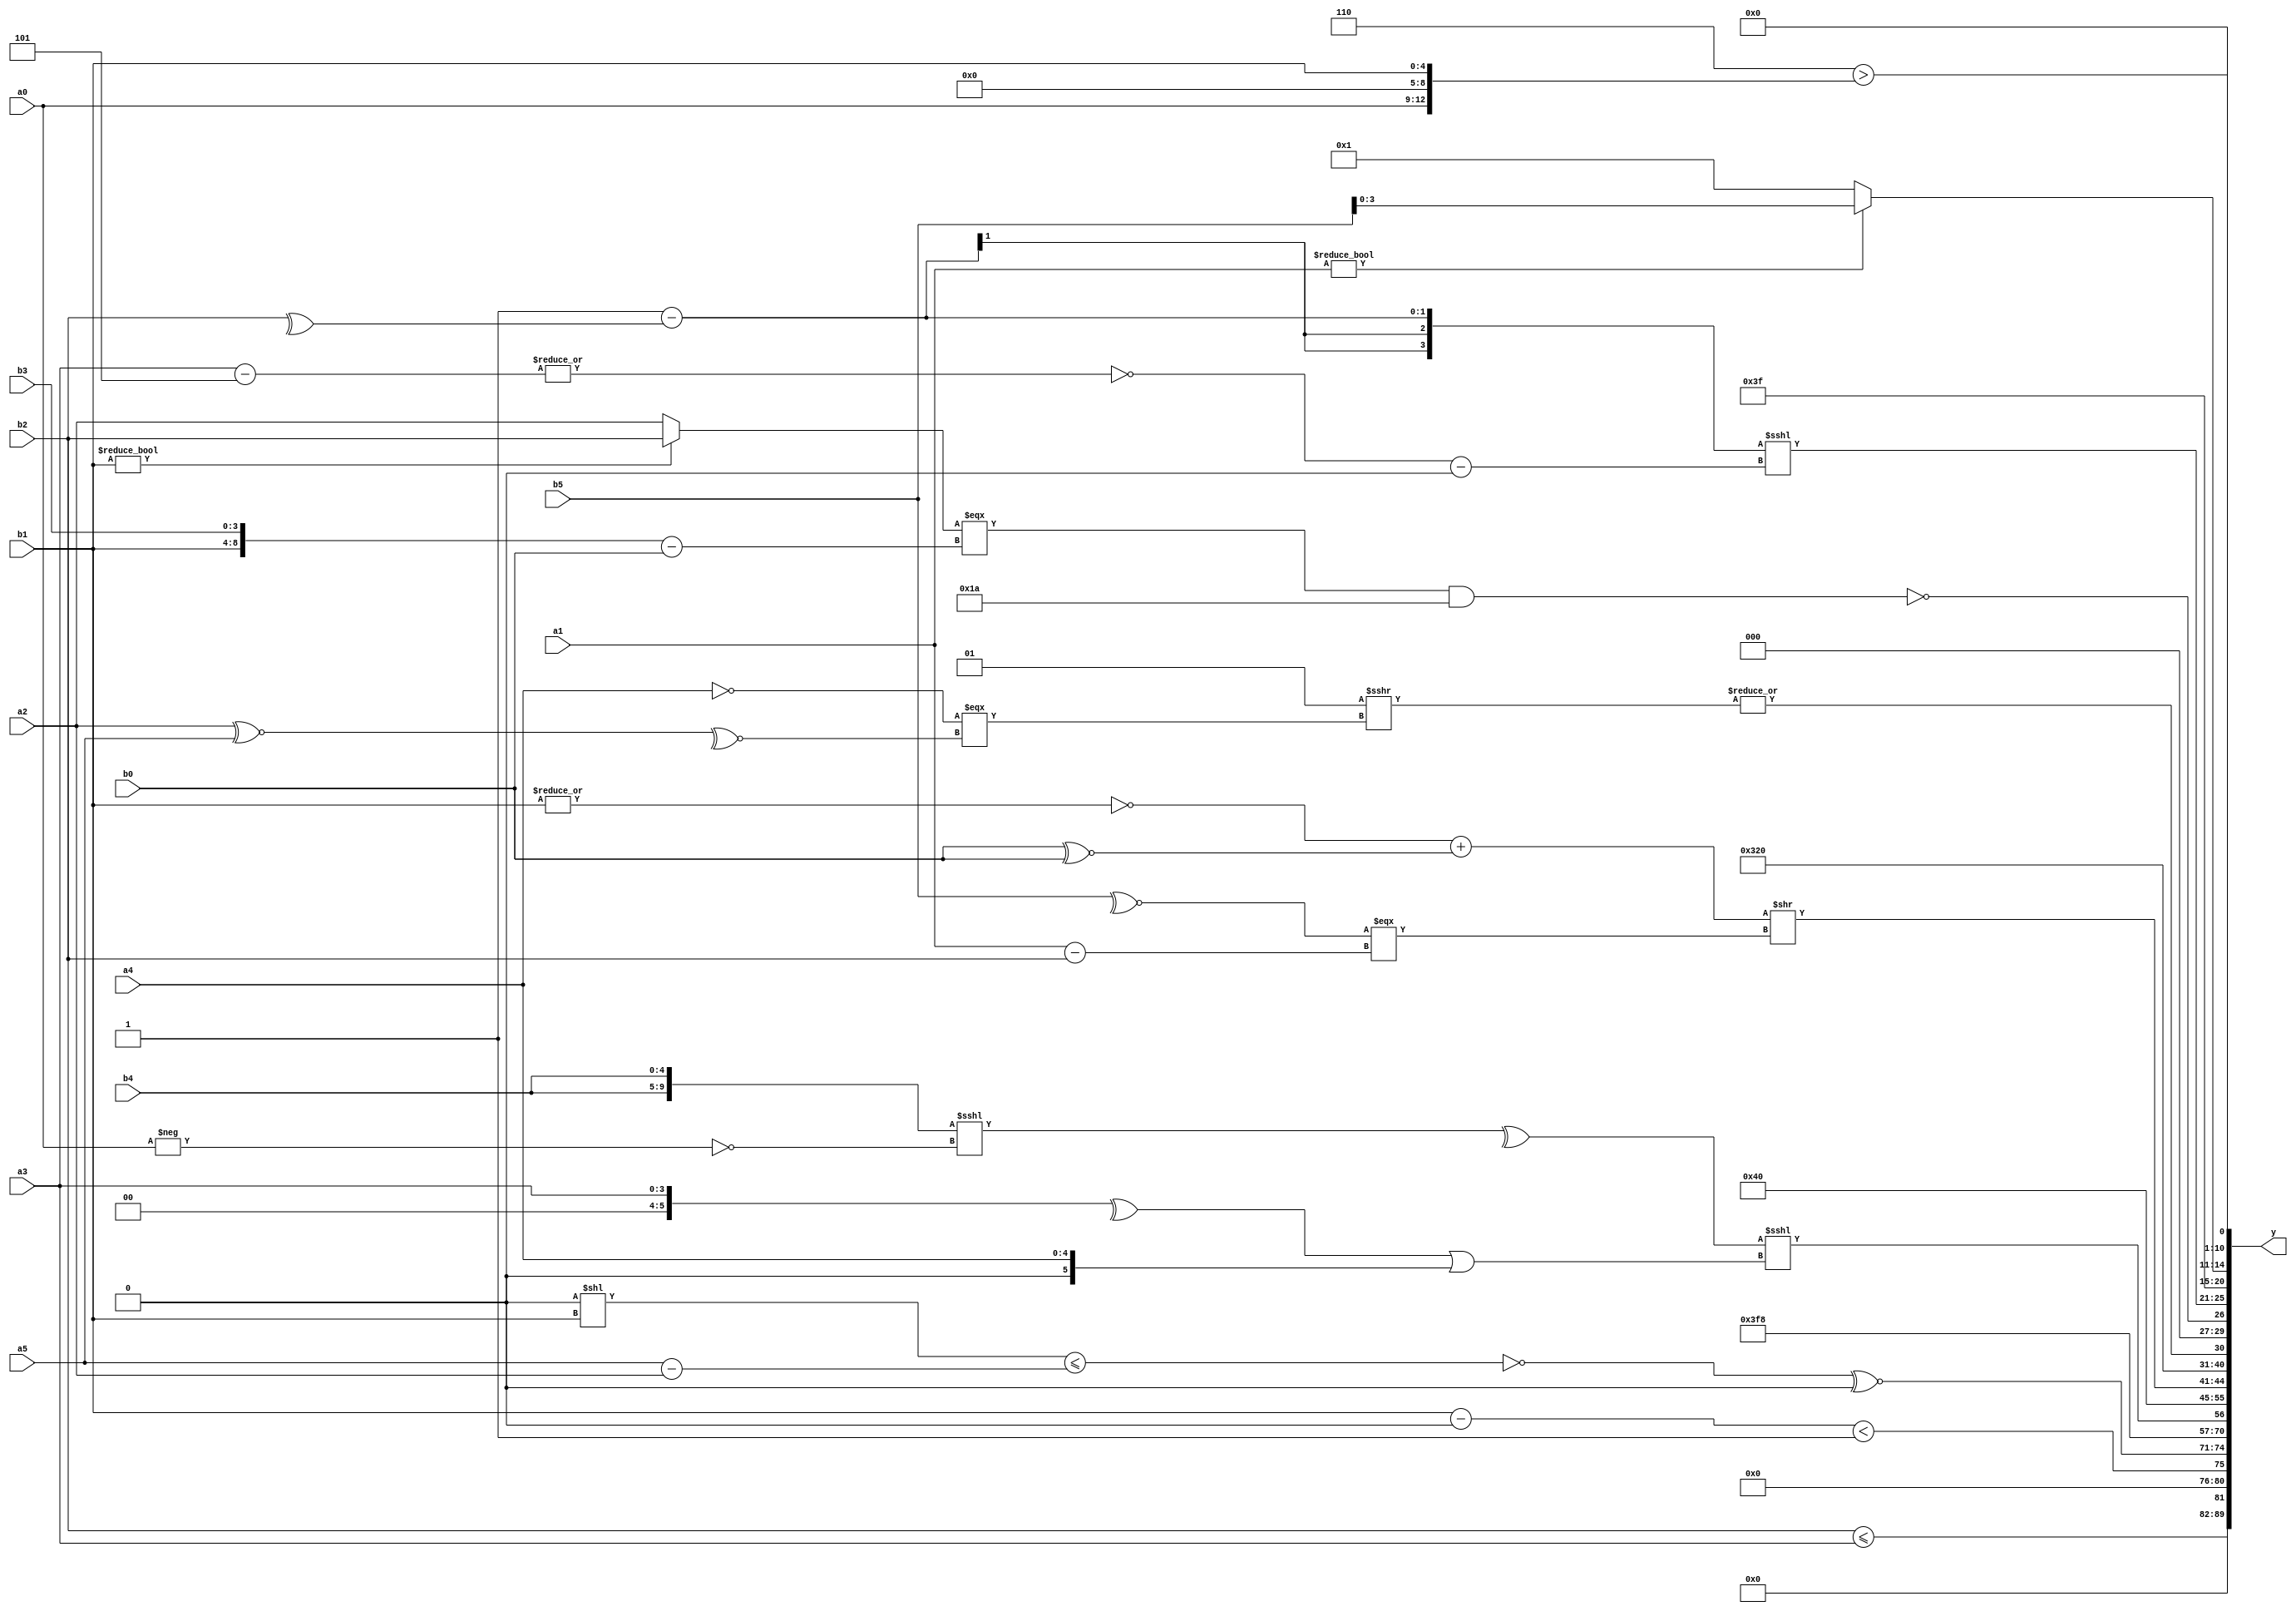
module expression_00434(a0, a1, a2, a3, a4, a5, b0, b1, b2, b3, b4, b5, y);
  input [3:0] a0;
  input [4:0] a1;
  input [5:0] a2;
  input signed [3:0] a3;
  input signed [4:0] a4;
  input signed [5:0] a5;

  input [3:0] b0;
  input [4:0] b1;
  input [5:0] b2;
  input signed [3:0] b3;
  input signed [4:0] b4;
  input signed [5:0] b5;

  wire [3:0] y0;
  wire [4:0] y1;
  wire [5:0] y2;
  wire signed [3:0] y3;
  wire signed [4:0] y4;
  wire signed [5:0] y5;
  wire [3:0] y6;
  wire [4:0] y7;
  wire [5:0] y8;
  wire signed [3:0] y9;
  wire signed [4:0] y10;
  wire signed [5:0] y11;
  wire [3:0] y12;
  wire [4:0] y13;
  wire [5:0] y14;
  wire signed [3:0] y15;
  wire signed [4:0] y16;
  wire signed [5:0] y17;

  output [89:0] y;
  assign y = {y0,y1,y2,y3,y4,y5,y6,y7,y8,y9,y10,y11,y12,y13,y14,y15,y16,y17};

  localparam [3:0] p0 = {2{{3{(-5'sd2)}}}};
  localparam [4:0] p1 = (~|((~((4'sd2)>>((4'd1)?(4'd13):(5'd31))))!=(3'd2)));
  localparam [5:0] p2 = {2{((5'd30)+(3'sd0))}};
  localparam signed [3:0] p3 = (+(~&{{4{((3'd7)?(-2'sd1):(5'd4))}}}));
  localparam signed [4:0] p4 = {{1{(!((5'sd6)?(4'd0):(-3'sd3)))}},{{(-5'sd6),(4'sd7),(2'sd1)}}};
  localparam signed [5:0] p5 = (4'd8);
  localparam [3:0] p6 = ((~|((5'd17)^(3'sd2)))>>>((4'sd2)?(4'd15):(5'd16)));
  localparam [4:0] p7 = (((3'sd2)>((-2'sd1)==(2'sd1)))>(((2'sd1)^~(3'd3))^{1{((3'd3)>(3'd3))}}));
  localparam [5:0] p8 = (|(6'd2 * (&{1{(3'd5)}})));
  localparam signed [3:0] p9 = ((((2'sd0)&(2'd0))|((5'sd13)>>(5'sd9)))!==((|((-4'sd5)<<(-2'sd0)))||(+((-5'sd6)!=(2'd3)))));
  localparam signed [4:0] p10 = ((-3'sd0)+(-4'sd0));
  localparam signed [5:0] p11 = (((3'd2)||(2'sd1))<=((5'sd13)+(3'd1)));
  localparam [3:0] p12 = (((4'd4)|(3'd5))>((5'd1)<(5'sd5)));
  localparam [4:0] p13 = ((3'sd0)||(2'sd1));
  localparam [5:0] p14 = ((+(~^(3'd3)))/(4'd10));
  localparam signed [3:0] p15 = ((~(-3'sd2))?((4'd2)?(-3'sd3):(3'd5)):{(4'sd3),(2'd0),(-5'sd11)});
  localparam signed [4:0] p16 = {(-3'sd0),(~&(~|(!(2'd2)))),((5'd4)?(-3'sd0):(-2'sd1))};
  localparam signed [5:0] p17 = ((-3'sd1)?(4'sd5):(4'd0));

  assign y0 = {4{(4'd2 * (3'd0))}};
  assign y1 = ((b2<=a3)!=(p5<p12));
  assign y2 = ((b1-p16)<(^p9));
  assign y3 = ((~((p8<<b1)<=(a5-a2)))^~(2'sd0));
  assign y4 = (&(~^(-((p15&p9)<<(&p11)))));
  assign y5 = (-2'sd1);
  assign y6 = $unsigned((-((^(+({2{b4}}<<<(~(-a0)))))<<<($unsigned((^(p9?a3:b2)))||(p10?p14:a4)))));
  assign y7 = {(~{2{p12}}),(!(~^p5)),(p1^~p2)};
  assign y8 = ({(p4+p17),(p2|p0),(p7)}&((p5-p0)?(p10?p3:p9):(p8?p11:p13)));
  assign y9 = (((~|b1)+(b0^~b0))>>((~^b5)===(a1-b2)));
  assign y10 = (-4'sd7);
  assign y11 = (^(&(|($signed(((~^$unsigned(p5))|((3'd1))))>>>($signed((+(~a4)))===$signed((~^(a2^~a5))))))));
  assign y12 = (~^(((b1?b2:a2)===({b1,b3}-(b0)))&&(5'd26)));
  assign y13 = ({{(&(p11<<p7))},($unsigned(p9)-(^b2))}<<<((&(~|(a3-p4)))-{1{((|p10)>>{4{p10}})}}));
  assign y14 = (-3'sd1);
  assign y15 = (($signed(p17)?(p0?p0:b4):$signed(a2))?($signed(a1)?$unsigned(b5):$unsigned(p11)):((p6?p17:p4)?$signed(p3):(a1?p7:a5)));
  assign y16 = ((2'sd0));
  assign y17 = ((4'd6)>{a0,p6,b1});
endmodule